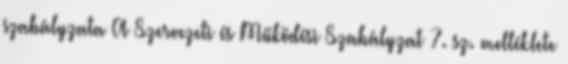
szabályzata A Szervezeti és Működési Szabályzat 7. sz. melléklete